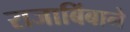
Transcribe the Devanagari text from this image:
राजाबिंबाने